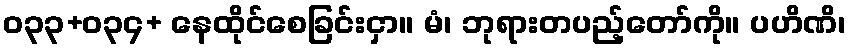
ဝ၃၃+ဝ၃၄+ နေထိုင်စေခြင်းငှာ။ မံ၊ ဘုရားတပည့်တော်ကို။ ပဟိဏိ၊